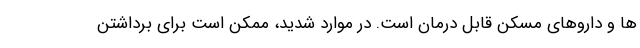
ها و داروهای مسکن قابل درمان است. در موارد شدید، ممکن است برای برداشتن